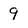
Character: 9